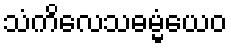
သံကိလေသဓမ္မံယေဝ